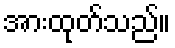
အားထုတ်သည်။